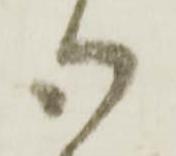
御